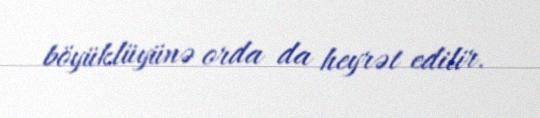
böyüklüyünə orda da heyrət edilir.